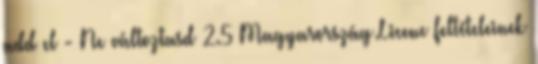
add el - Ne változtasd 2.5 Magyarország Licenc feltételeinek